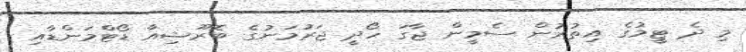
މި ދެ ޓީމުގެ އިތުރުން ސެމީން ޖާގަ ހޯދީ ޖަރުމަނުގެ ބޮރޫޝިއާ ޑޯޓްމަންޑާއި